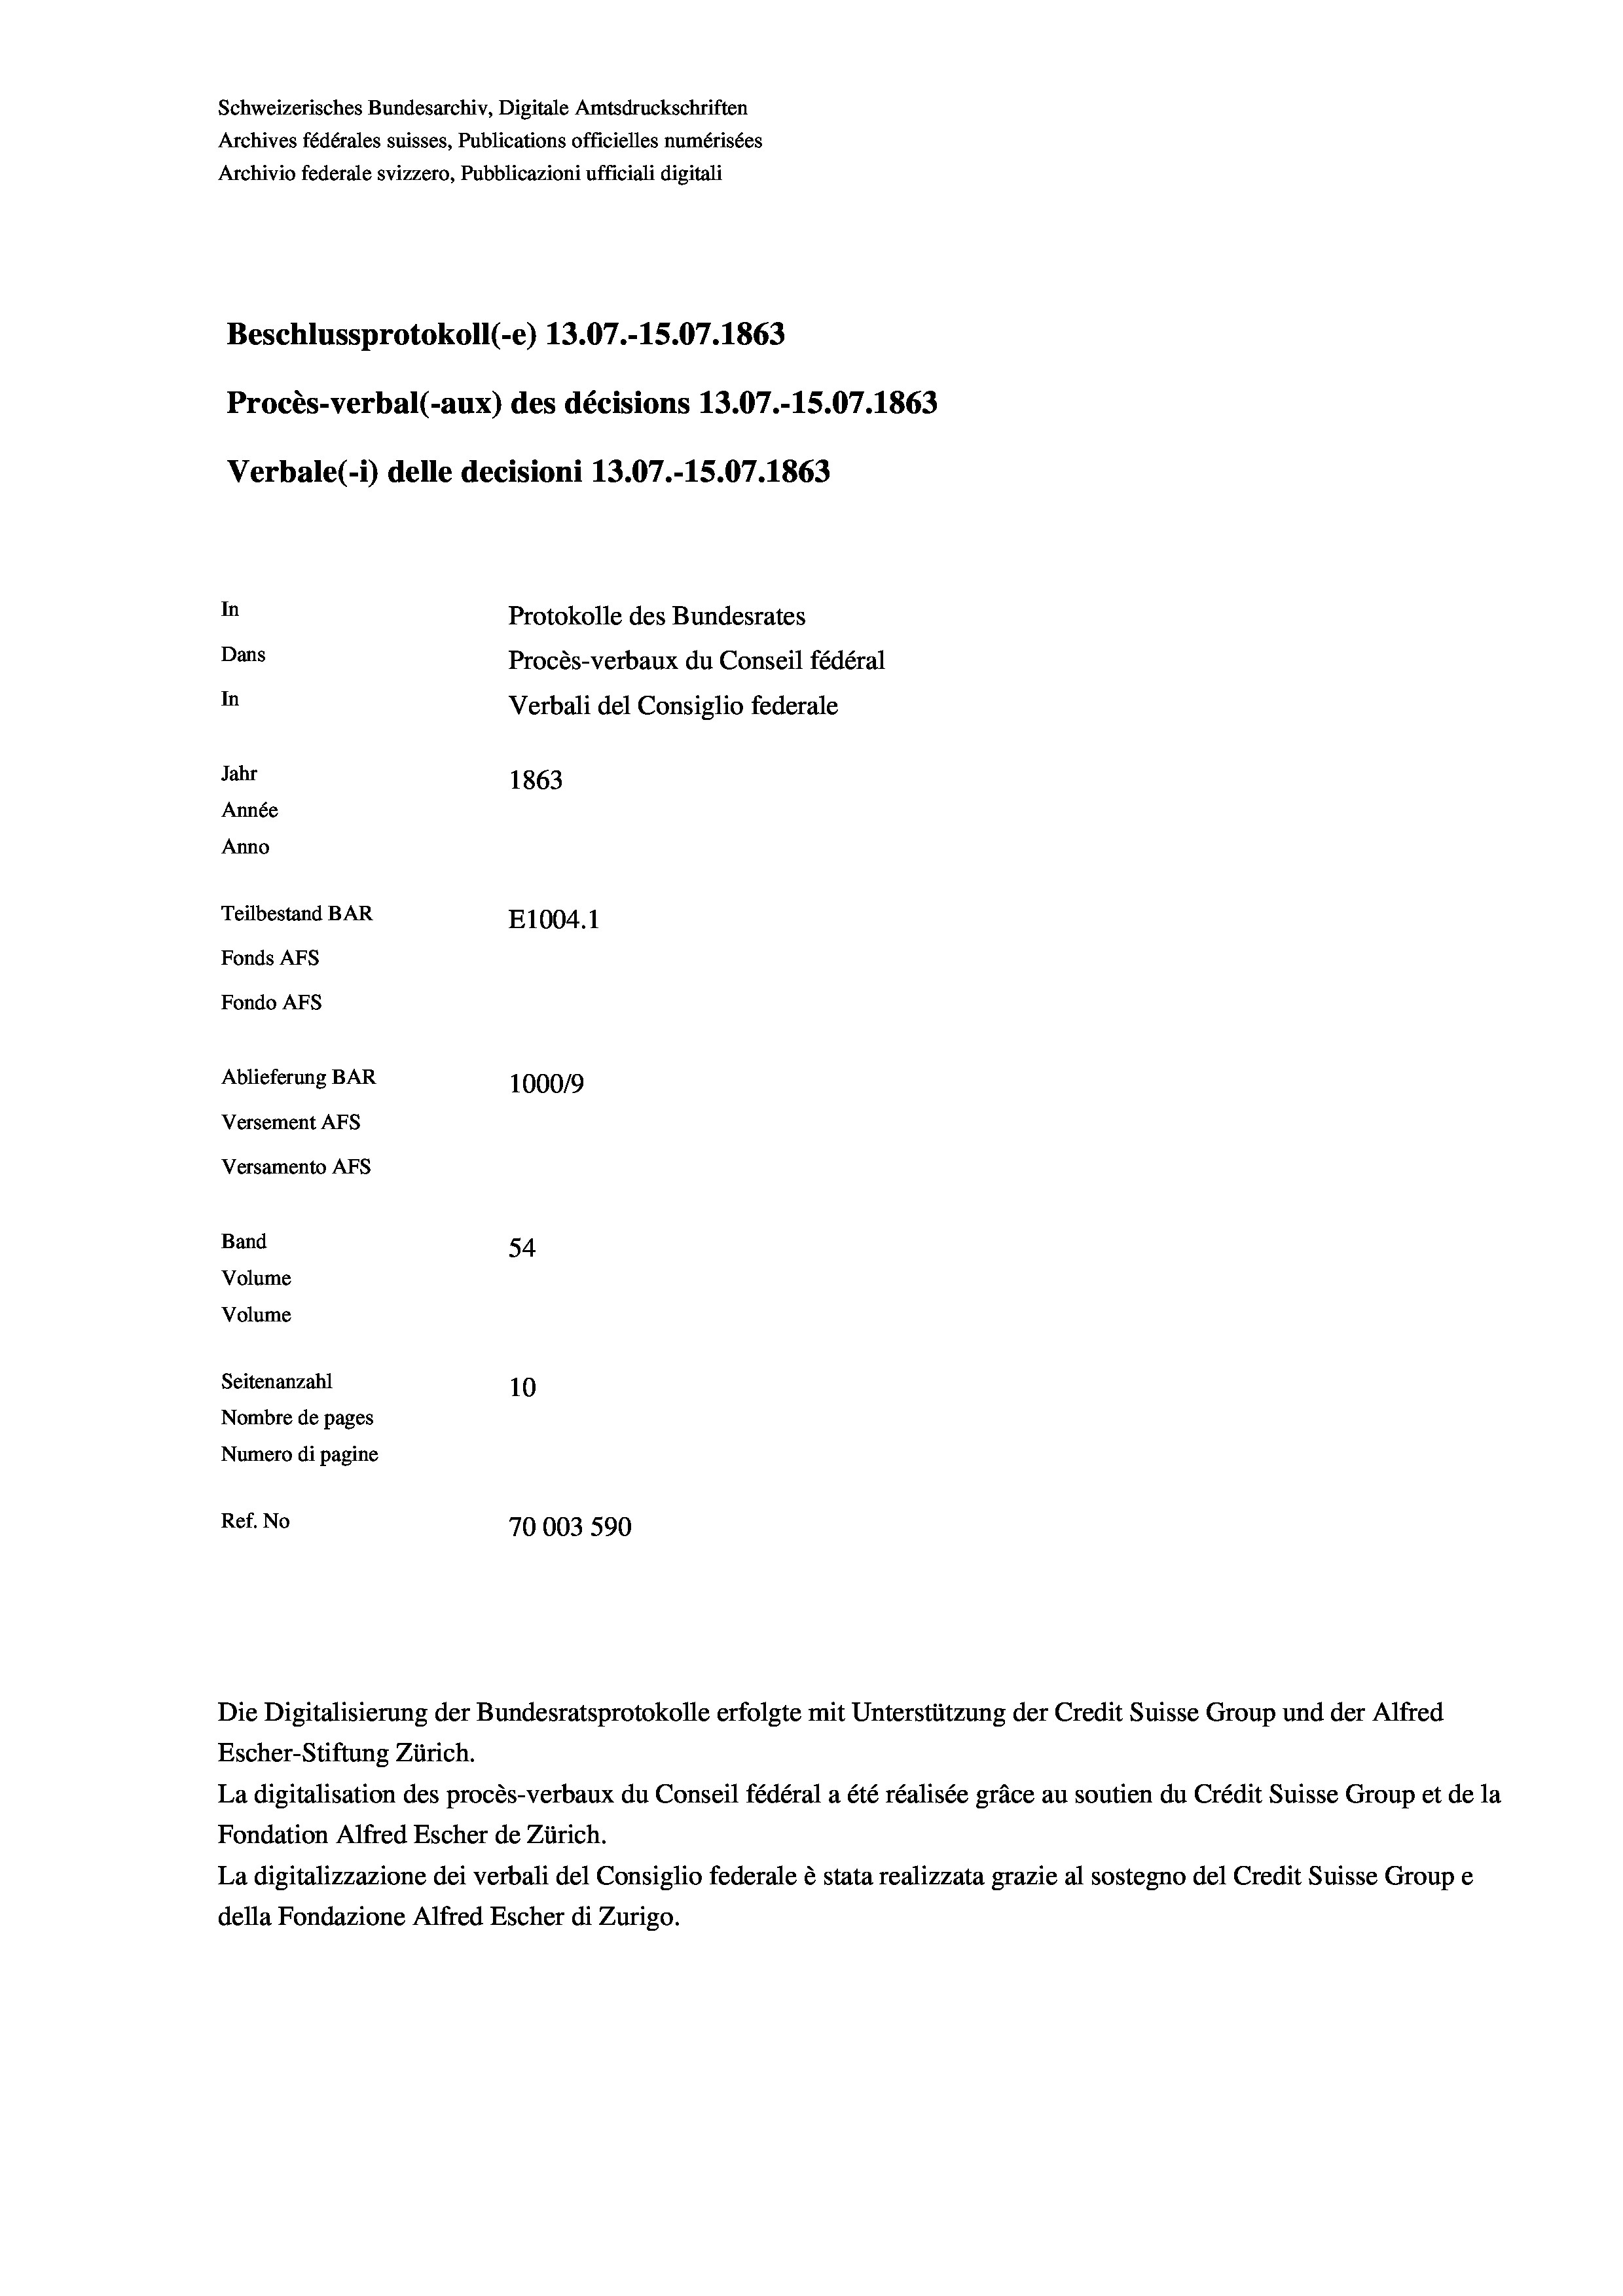
Schweizerisches Bundesarchiv, Digitale Amtsdruckschriften
Archives fédérales suisses, Publications officielles numérisées
Archivio federale svizzero, Pubblicazioni ufficiali digitali
Beschlussprotokoll (-e) 13.07.-15.07. 1863
Procès-verbal (-aux) des décisions 13.07.-15.07. 1863
Verbale(-*) delle decisioni 13.07.-15.07. 1863
In
Protokolle des Bundesrates
Dans
Procès-verbaux du Conseil fédéral
In
Verbali del Consiglio federale
Jahr
1863
Année
Anno
Teilbestand BAR
E1004. 1
Fonds AFs
Fondo AFS

Ablieferung BAR
Versement AFs
Versamento Afs
Band
Volume
Volume

1000/9
54
Seitenanzahl
10
Nombre de pages
Numero di pagine
Ref. No
70003 590

Escher-Stiftung Zürich.
La digitalisation des procès-verbaux du Conseil fédéral a été réalisée gräce au soutien du Crédit Suisse Group et de la
Fondation Alfred Escher de Zürich.
La digitalizzazione dei verbali del Consiglio federale è stata realizzata grazie al sostegno del Credit Suisse Groupe
della Fondazione Alfred Escher di Zurigo.

Die Digitalisierung der Bundesratsprotokolle erfolgte mit Unterstützung der Credit Suisse Group und der Alfred